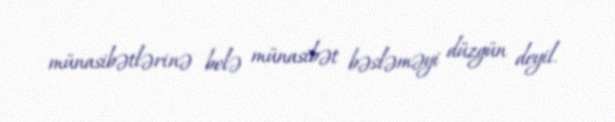
münasibətlərinə belə münasibət bəsləməyi düzgün deyil.